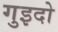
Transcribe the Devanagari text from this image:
गुइदो